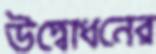
উদ্বোধনের